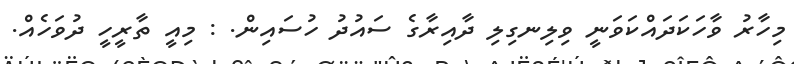
މިިހާރު ވާހަކަދައްކަވަނީ ވިލިނގިލި ދާއިރާގެ ސައުދު ހުސައިން. : މިއީ ތާރީހީ ދުވަހެއް.